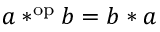
a * ^ { \mathrm { o p } } b = b * a